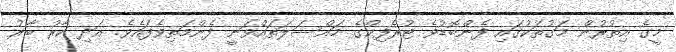
މީގެ އިތުރުން މަގުތަކުގައި ފެންބޮޑުވެ ޓުރެފިކްގެ މައްސަލަތައްވަނީ ފެންމަތިވެފައެވެ. އަދި ކާރު ބާރު